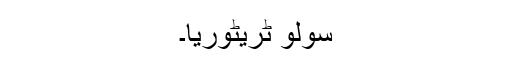
سولو ٹریٹوریا۔